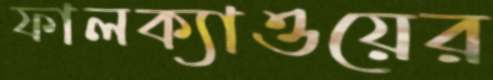
ফালক্যাওয়ের